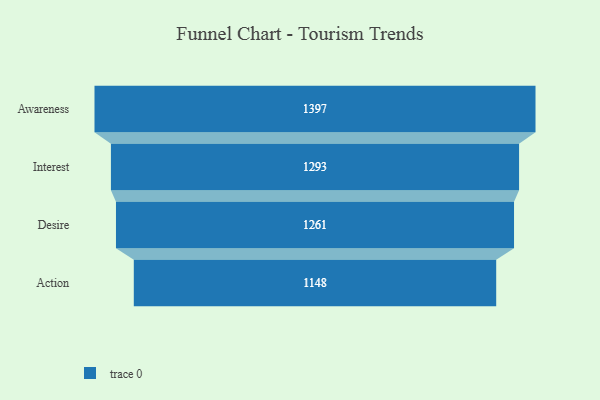
{"axis": {"x": "Stage", "y": "Value"}, "legend": [""], "data": [{"x": "Awareness", "y": 1397.0, "type": ""}, {"x": "Interest", "y": 1293.0, "type": ""}, {"x": "Desire", "y": 1261.0, "type": ""}, {"x": "Action", "y": 1148.0, "type": ""}]}